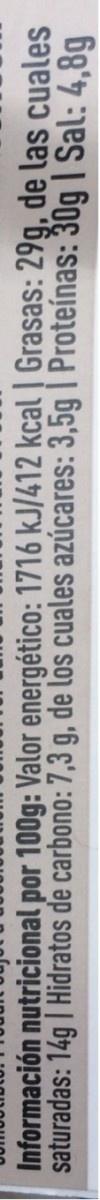
Información nutricional por 100g: Valor energético: 1716 kJ/412 kcal Grasas: 29g, de las cuales saturadas: 14g | Hidratos de carbono: 7,3 g, de los cuales azúcares: 3,5g | Proteínas: 30g | Sal: 4,8g